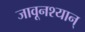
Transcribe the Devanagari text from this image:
जावूनश्यान्